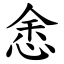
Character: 悆